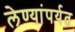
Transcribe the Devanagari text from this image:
लेण्यांपर्यत